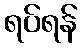
ရပ်ရန်